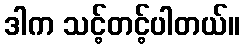
ဒါက သင့်တင့်ပါတယ်။